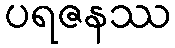
ပရဇနဿ